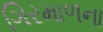
ગિરમાળના